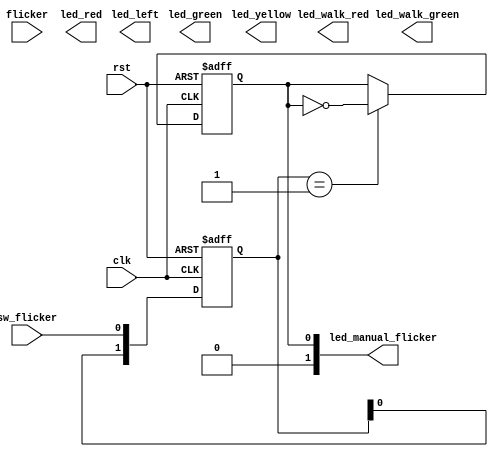

module traffic( rst, clk, flicker,sw_flicker,
                led_red, led_yellow, led_green, led_left,
                led_walk_red, led_walk_green, led_manual_flicker
);

input rst, clk;
input flicker;
input sw_flicker;
output [3:0] led_red;
output [3:0] led_yellow;
output [3:0] led_green;
output [3:0] led_left;
output [3:0] led_walk_red;
output [3:0] led_walk_green;
output [1:0] led_manual_flicker;

reg [3:0] led_red;
reg [3:0] led_yellow;
reg [3:0] led_green;
wire [3:0] led_left;
reg [3:0] led_walk_red;
reg [3:0] led_walk_green;

wire [1:0] led_manual_flicker;

reg [13:0] cnt_1h;
reg [3:0] cnt_circle;

reg [1:0] direction;
parameter south = 2'b00,
        west = 2'b01,
        east = 2'b10,
        north = 2'b11;

reg manual_flicker;
reg [1:0] reg_sw_flicker;

wire clk_1h;
wire flicker_en;
wire clk_flicker;

always  @(posedge rst or posedge clk)
begin
    if (rst)
        reg_sw_flicker = 2'b00;
    else
        reg_sw_flicker = { reg_sw_flicker[0], sw_flicker};
end

always @(posedge rst or posedge clk)
begin 
    if (rst)
        manual_flicker <= 0;
    else if (reg_sw_flicker == 2'b01)
        manual_flicker <= ~ manual_flicker;
end

assign led_manual_flicker = manual_flicker;

assign flicker_en = ((manual_flicker == 1'b1) || ( flicker == 1'b1)) ? 1 : 0;

always @(posedge rst or posedge clk)
begin
    if (rst)
        cnt_1h <= 0;
    else 
        if (cnt_1h >= 9999)
            cnt_1h <= 0;
        else  
            cnt_1h <= cnt_1h + 1;
end

assign clk_1h = (cnt_1h >= 9999) ? 1: 0;
assign clk_flicker = (cnt_1h <= 4999) ? 0 :1;
                
endmodule